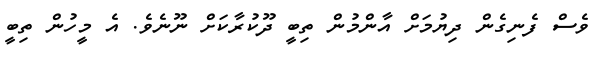
ވެސް ފެނިގެން ދިޔުމަށް އާންމުން ތިބީ ދޫކުރާކަށް ނޫނެވެ. އެ މީހުން ތިބީ